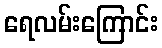
ရေလမ်းကြောင်း